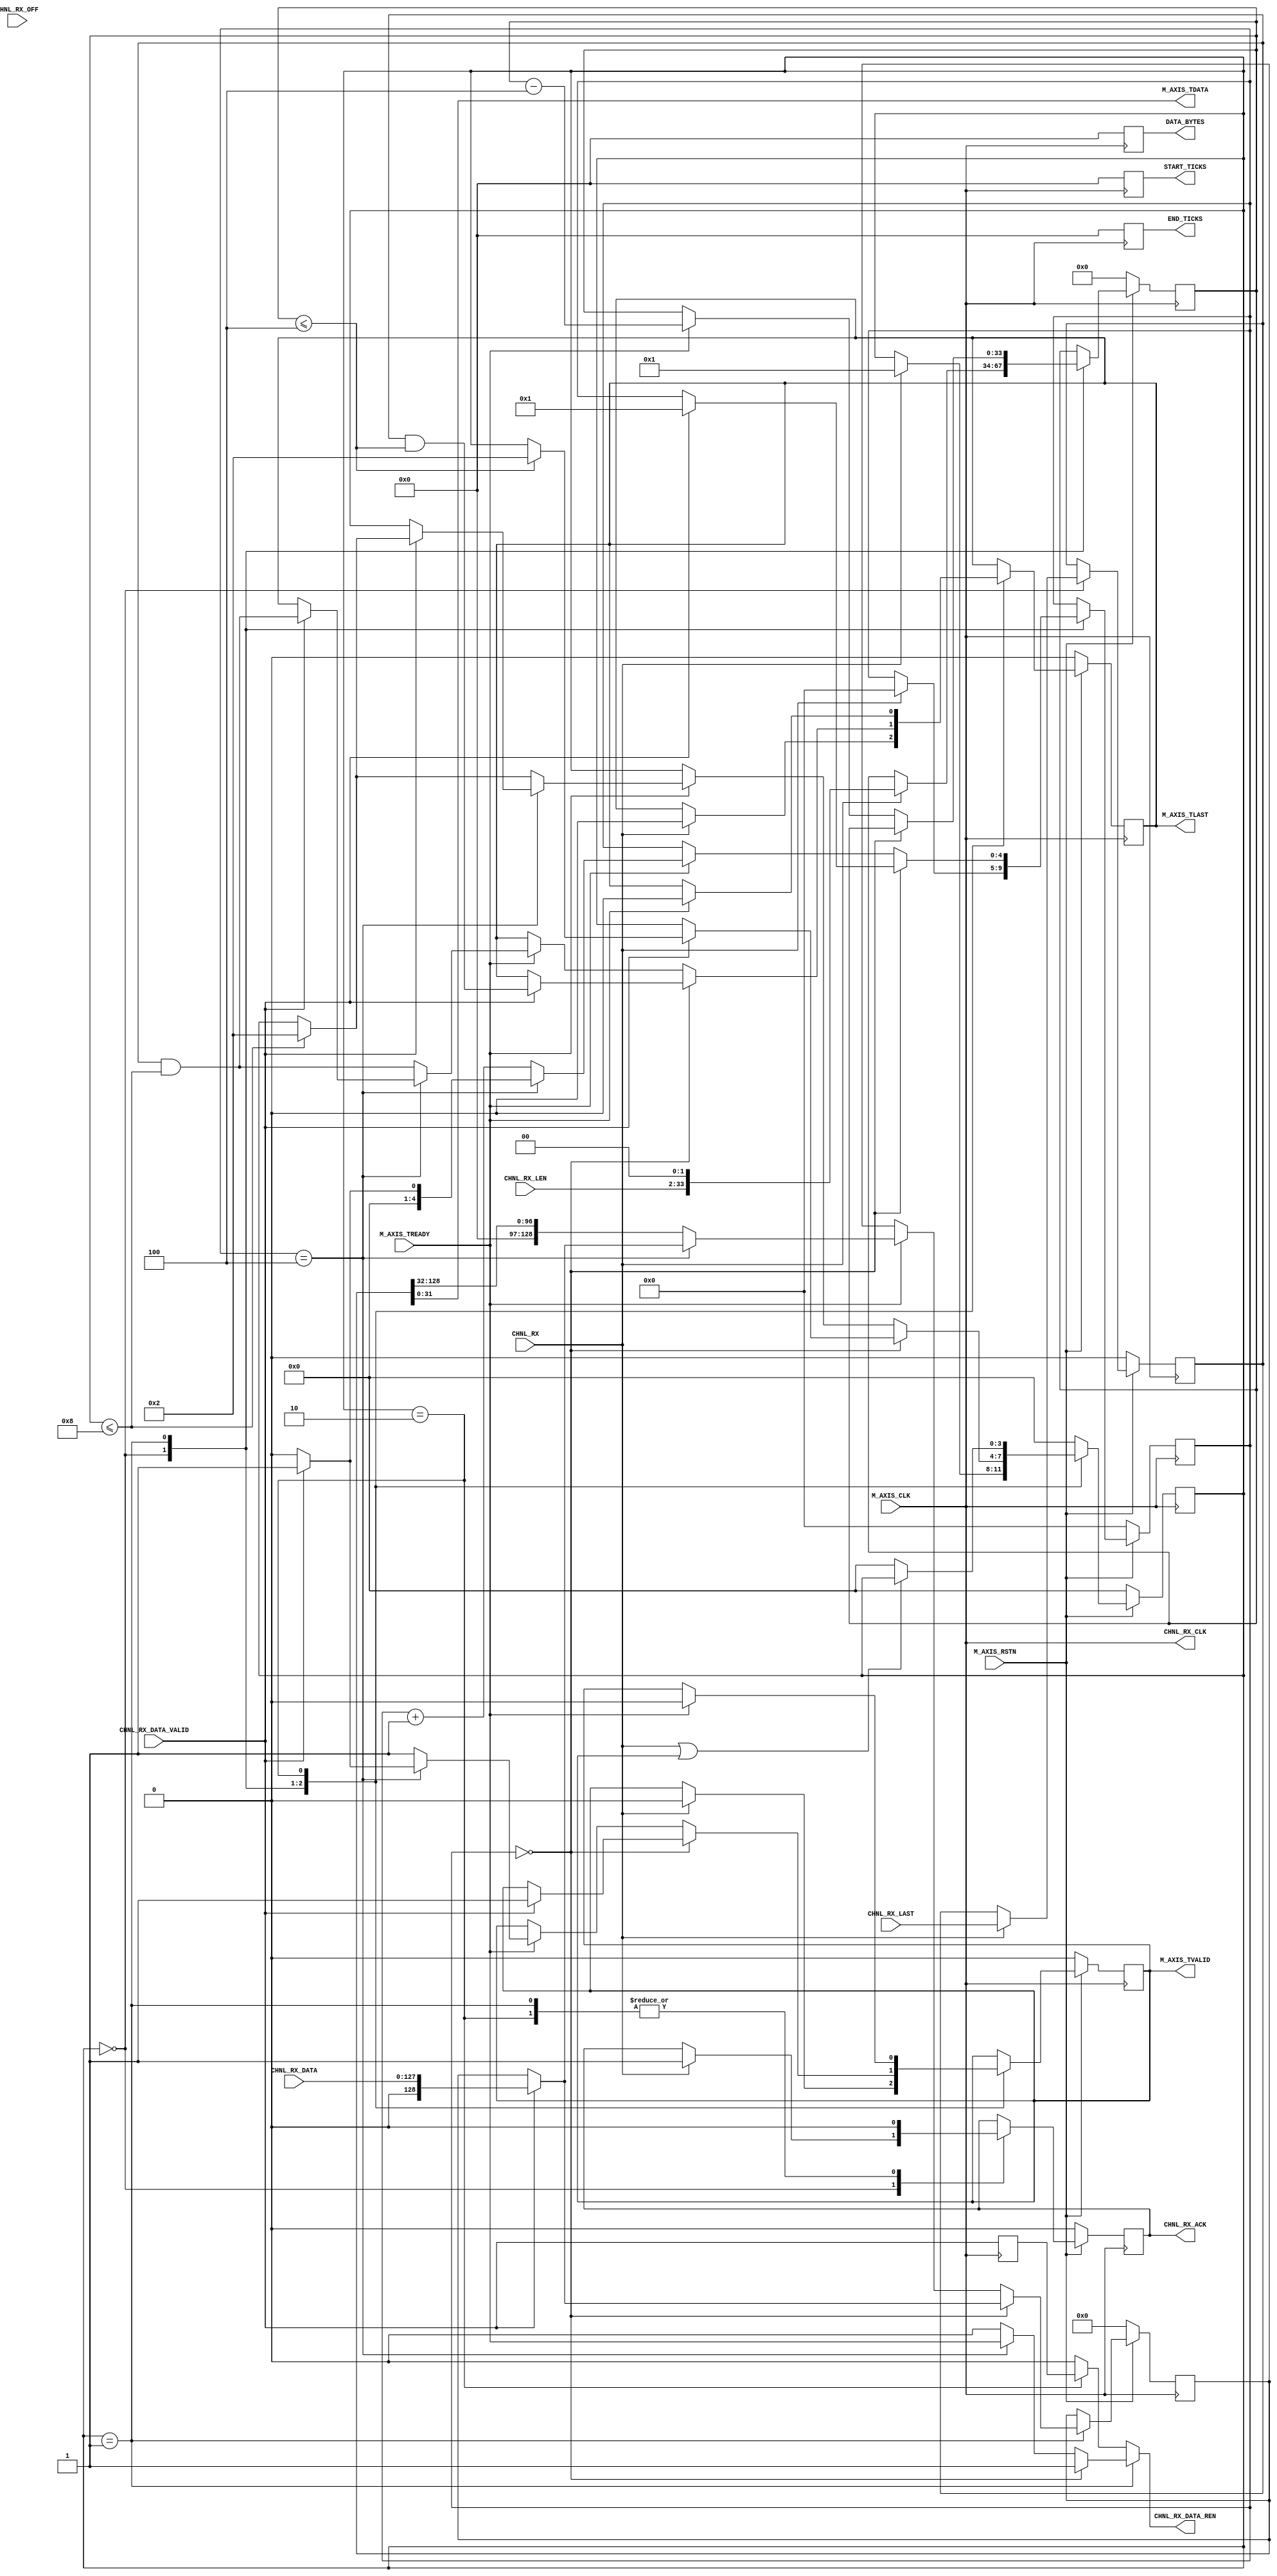
// ----------------------------------------------------------------------
// Copyright (c) 2015, The Regents of the University of California All
// rights reserved.
//
// Redistribution and use in source and binary forms, with or without
// modification, are permitted provided that the following conditions are
// met:
//
//     * Redistributions of source code must retain the above copyright
//       notice, this list of conditions and the following disclaimer.
//
//     * Redistributions in binary form must reproduce the above
//       copyright notice, this list of conditions and the following
//       disclaimer in the documentation and/or other materials provided
//       with the distribution.
//
//     * Neither the name of The Regents of the University of California
//       nor the names of its contributors may be used to endorse or
//       promote products derived from this software without specific
//       prior written permission.
//
// THIS SOFTWARE IS PROVIDED BY THE COPYRIGHT HOLDERS AND CONTRIBUTORS
// "AS IS" AND ANY EXPRESS OR IMPLIED WARRANTIES, INCLUDING, BUT NOT
// LIMITED TO, THE IMPLIED WARRANTIES OF MERCHANTABILITY AND FITNESS FOR
// A PARTICULAR PURPOSE ARE DISCLAIMED. IN NO EVENT SHALL REGENTS OF THE
// UNIVERSITY OF CALIFORNIA BE LIABLE FOR ANY DIRECT, INDIRECT,
// INCIDENTAL, SPECIAL, EXEMPLARY, OR CONSEQUENTIAL DAMAGES (INCLUDING,
// BUT NOT LIMITED TO, PROCUREMENT OF SUBSTITUTE GOODS OR SERVICES; LOSS
// OF USE, DATA, OR PROFITS; OR BUSINESS INTERRUPTION) HOWEVER CAUSED AND
// ON ANY THEORY OF LIABILITY, WHETHER IN CONTRACT, STRICT LIABILITY, OR
// TORT (INCLUDING NEGLIGENCE OR OTHERWISE) ARISING IN ANY WAY OUT OF THE
// USE OF THIS SOFTWARE, EVEN IF ADVISED OF THE POSSIBILITY OF SUCH
// DAMAGE.
// ----------------------------------------------------------------------
//----------------------------------------------------------------------------
// Version:             0.2
// Verilog Standard:    Verilog-2001
// Description:         RIFFA RX interface to AXI-Stream
// History:             0.1: initial version
//                      0.2: Add performance counters
//-----------------------------------------------------------------------------

`timescale 1ns/1ns

module riffa_axis_m #(
    parameter C_AXIS_DATA_WIDTH = 32,  // 8/16/32/.../C_PCI_DATA_WIDTH
    parameter C_PCI_DATA_WIDTH = 128,
    parameter C_COUNTER = 0,
    parameter C_COUNTER_WIDTH = 32,
    parameter C_COUNTER_DIV = 0)
(
    ////////////////////////////////////////////////////////////////////////////
    // AXI-Lite Master
    input  M_AXIS_RSTN,
    input  M_AXIS_CLK,
    output reg M_AXIS_TVALID,
    output reg M_AXIS_TLAST,
    input  M_AXIS_TREADY,
    output [C_AXIS_DATA_WIDTH-1 : 0] M_AXIS_TDATA,
    ///////////////////////////////////////////////////////////////////////////
    output CHNL_RX_CLK,
    input  CHNL_RX,
    output reg  CHNL_RX_ACK,
    input  CHNL_RX_LAST,
    input  [31:0] CHNL_RX_LEN,
    input  [30:0] CHNL_RX_OFF,
    input  [C_PCI_DATA_WIDTH-1:0] CHNL_RX_DATA,
    input  CHNL_RX_DATA_VALID,
    output reg  CHNL_RX_DATA_REN,
    ///////////////////////////////////////////////////////////////////////////
    output reg [C_COUNTER_WIDTH-1: 0] START_TICKS,
    output reg [C_COUNTER_WIDTH-1: 0] END_TICKS,
    output reg [C_COUNTER_WIDTH-1: 0] DATA_BYTES
);

    wire clk, rstn;
    assign clk = M_AXIS_CLK;
    assign rstn = M_AXIS_RSTN;
    assign CHNL_RX_CLK = clk;
    
    localparam C_WIDTH_RATIO = (C_PCI_DATA_WIDTH / C_AXIS_DATA_WIDTH);
    localparam C_PCI_BYTE_WIDTH = (C_PCI_DATA_WIDTH / 8);
    localparam C_AXIS_BYTE_WIDTH = (C_AXIS_DATA_WIDTH / 8);

    reg [C_PCI_DATA_WIDTH:0] buffer;

    reg [4:0] buffer_status;
    
    localparam ST_IDLE          = 4'b0000;
    localparam ST_RX            = 4'b0001;
    localparam ST_RX_END        = 4'b0010;

    reg [3:0] stat;
    reg [33:0] byte_cnt; 
    reg chnl_rx_valid_r;
    reg chnl_rx_last_r;
    
    always @ (posedge clk)
    begin
        if (!rstn)
        begin
            stat <= ST_IDLE;
            buffer_status <= 'b0;
            buffer <= 'b0;
            byte_cnt <= 'b0;
            chnl_rx_last_r <= 'b0;
            CHNL_RX_ACK <= 'b0;
            M_AXIS_TLAST <= 1'b0;
            M_AXIS_TVALID <= 1'b0;
        end else begin
            case (stat)
            ST_IDLE : begin
                    if (CHNL_RX)
                    begin
                        buffer_status <= 5'b0;
                        //word legnth to byte length
                        byte_cnt <= {CHNL_RX_LEN, 2'b00}; 
                        chnl_rx_last_r <= CHNL_RX_LAST;
                        CHNL_RX_ACK <= 1'b1;
                        M_AXIS_TLAST <= 1'b0;
                        M_AXIS_TVALID <= 1'b0;
                        stat <= ST_RX;
                    end
                end
            ST_RX : begin
                    CHNL_RX_ACK <= 1'b0;
                    
                    if (buffer_status == 'b0) //buffer no data
                    begin
                        if (CHNL_RX_DATA_VALID)
                        begin
                            //load new data
                            buffer <= {1'b0, CHNL_RX_DATA};
                            buffer_status <= 5'b1;
                            M_AXIS_TVALID <= 1'b1;
                            M_AXIS_TLAST <= (chnl_rx_last_r && 
                                (byte_cnt <= C_AXIS_BYTE_WIDTH));
                            if (byte_cnt <= C_AXIS_BYTE_WIDTH)
                                stat <= ST_RX_END;
                        end
                    end else if (M_AXIS_TREADY)
                    begin
                        if (buffer_status == C_WIDTH_RATIO) 
                                //buffer has last data
                        begin
                            if (CHNL_RX_DATA_VALID)
                            begin
                                //load new data
                                buffer <= {1'b0, CHNL_RX_DATA};
                                buffer_status <= 5'b1;
                                M_AXIS_TVALID <= 1'b1;
                                M_AXIS_TLAST <= (chnl_rx_last_r && 
                                    (byte_cnt <= C_AXIS_BYTE_WIDTH*2));
                                if (byte_cnt <= C_AXIS_BYTE_WIDTH*2)
                                    stat <= ST_RX_END;
                            end else begin
                                //buffer go empty
                                buffer_status <= 5'b0;
                                M_AXIS_TVALID <= 1'b0;
                            end
                        end else begin
                            //buffer shift
                            buffer <= buffer[C_PCI_DATA_WIDTH: 
                                C_AXIS_DATA_WIDTH];
                            buffer_status <= buffer_status + 1;
                            M_AXIS_TVALID <= 1'b1;
                            M_AXIS_TLAST <= (chnl_rx_last_r && 
                                (byte_cnt <= C_AXIS_BYTE_WIDTH*2));
                            if (byte_cnt <= C_AXIS_BYTE_WIDTH*2)
                                stat <= ST_RX_END;
                        end
                        
                        byte_cnt <= byte_cnt - C_AXIS_BYTE_WIDTH;
                        
                        
                    end
                 end
             ST_RX_END : begin
             
                        CHNL_RX_ACK <= 1'b0;
                        
                        if (M_AXIS_TREADY)
                        begin
                            M_AXIS_TLAST <= 1'b0;
                            M_AXIS_TVALID <= 1'b0;
                        end
                        
                        //wait until both CHNL and AXIS complete
                        if (!(CHNL_RX || M_AXIS_TVALID)) 
                            stat <= ST_IDLE;                        
                end
             default : begin
                    stat <= ST_IDLE;
                end
            endcase
        end
    end
    
    always @ (posedge clk) chnl_rx_valid_r <= CHNL_RX_DATA_VALID;
    
    always @ (*)
    begin
        if (stat == ST_RX)
        begin
            if (buffer_status == 0)
                CHNL_RX_DATA_REN <= 1'b1;
            else if (buffer_status == C_WIDTH_RATIO)
                CHNL_RX_DATA_REN <= M_AXIS_TREADY;
            else
                CHNL_RX_DATA_REN <= 1'b0;
        end else if (stat == ST_RX_END)
        begin
            //cut the other data
            CHNL_RX_DATA_REN <= chnl_rx_valid_r;  
        end else 
        begin
            CHNL_RX_DATA_REN <= 1'b0;
        end
    end
    
    assign M_AXIS_TDATA = buffer[C_AXIS_DATA_WIDTH - 1: 0];
    
    reg [C_COUNTER_DIV + C_COUNTER_WIDTH - 1: 0] timer;
    reg start_tick_rdy, end_tick_rdy;
    reg start_tick_trig, end_tick_trig;
    reg data_cnt_pulse;
    

    always @ (posedge clk)
    begin
        if (!rstn)
        begin
            START_TICKS <= 'b0;
            END_TICKS <= 'b0;
            DATA_BYTES <= 'b0;
            timer <= 'b0;
            start_tick_rdy <= 1'b0;
            start_tick_trig <= 1'b0;
            end_tick_rdy <= 1'b0;
            end_tick_trig <= 1'b0;
            data_cnt_pulse <= 1'b0;
        end else begin
        
            if (C_COUNTER)
            begin
                if (~timer != 0)
                    timer <= timer + 1'b1;
                
                start_tick_rdy <= (stat == ST_RX);
                start_tick_trig <= (stat == ST_RX) && !start_tick_rdy;
                if (start_tick_trig)
                    START_TICKS <= timer[C_COUNTER_DIV +: C_COUNTER_WIDTH];
                
                end_tick_rdy <= (stat == ST_RX_END);
                end_tick_trig <= (stat == ST_RX_END) && !end_tick_rdy;
                if (end_tick_trig)
                    END_TICKS <= timer[C_COUNTER_DIV +: C_COUNTER_WIDTH];
                    
                data_cnt_pulse <= (stat == ST_RX) && CHNL_RX_DATA_REN && CHNL_RX_DATA_VALID;
                
                if (data_cnt_pulse)
                    DATA_BYTES <= DATA_BYTES + C_PCI_BYTE_WIDTH;
            end else begin
                START_TICKS <= 'b0;
                END_TICKS <= 'b0;
                DATA_BYTES <= 'b0;
                timer <= 'b0;
            end
        end
    end
   
    

endmodule